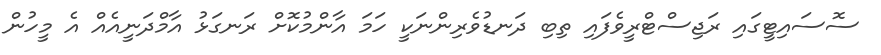
ސޮސައިޓީގައި ރަޖިސްޓްރީވެފައި ތިބި ދަނޑުވެރިންނަކީ ހަމަ އާންމުކޮށް ރަނގަޅު އާމްދަނީއެއް އެ މީހުން